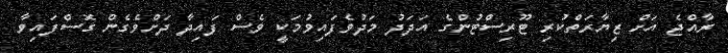
ރާއްޖެ އަށް ޒިޔާރަތްކުރި ޓޫރިސްޓުންގެ އަދަދު މަދުވެފައިވުމަކީ ވެސް ފައިދާ ދަށްވެގެން ގޮސްފައިވާ